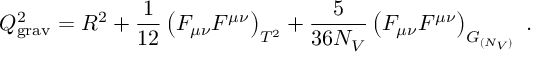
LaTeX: Q _ { \mathrm { g r a v } } ^ { 2 } = R ^ { 2 } + { \frac { 1 } { 1 2 } } \left( F _ { \mu \nu } F ^ { \mu \nu } \right) _ { T ^ { 2 } } + { \frac { 5 } { 3 6 N _ { V } } } \left( F _ { \mu \nu } F ^ { \mu \nu } \right) _ { G _ { ( N _ { V } ) } } ~ .